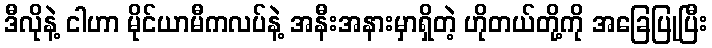
ဒီလိုနဲ့ ငါဟာ မိုင်ယာမီကလပ်နဲ့ အနီးအနားမှာရှိတဲ့ ဟိုတယ်တို့ကို အခြေပြုပြီး